Annual report on the working of the lock hospitals in the Central Provinces
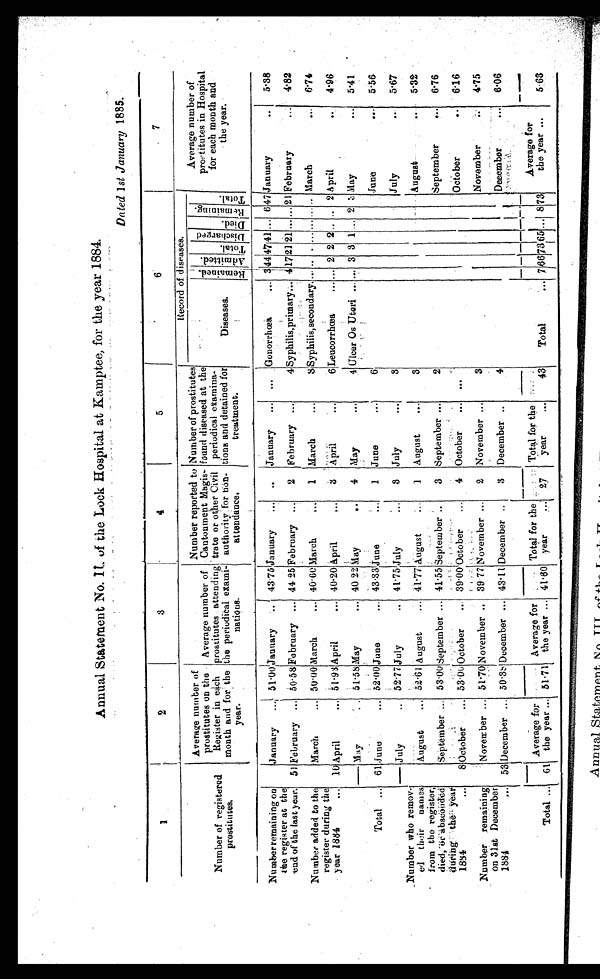
Annual Statetnent No. 11. of the Lock Hospital at Kamptee, for the year 1884.
Dated 1 st January 1885.
1
2
3
4
5
6
7
Number of registered
prostitutes.
Average number of
prostitutes on the
Register in each
month and for the
year.
Average number of
prostitutes attending
the periodical exami-
nations.
Number reported to
Cantonment Magis-
trate or other Civil
authority for
non- attendance
.
Number of prostitutes
found diseased at the
periodical examina-
tions and detained for
treatment.
Record of diseases.
Average number of
prostitutes in Hospital
for each month and
the year.
Diseases.
R e m a i n e d .
Admi t t ed.
T o t a l .
D i s c h a r g e d .
D i e d .
R e m a i n i n g .
T o t a l .
Number remaining on
the register at the
end of the last year.
'January
... 51·00 Jannary ..
4 3 · 7 5
January ...
. . January ... ... Gonorrhœa
... 3 4 4 4 7 41 ... 6 47 January
..
5·38
51 February ... 50·58 February ... 44 25 February ...
2 February ...
4 Syphilis, primary... 4 17 21 21 ... ... 21 February
... 4·82
Number added to the
register during the
year 1884
...
March
... 50·00 March
... 40·60 March
...
1 March
...
8 Syphilis, secondary. ... .. . ... ... ... .. March
... 6·74
10 April
... 51·93 April
... 40·20 April
. . 3 April
. . .
6 Leucorrhœa
... . . . 2 2 2 .. .. 2 April
4·96
Total ...
May
.. 51·.58May ... 40 22 May
..
4 May
...
4 Ulcer Os Uteri ... ... 3 3 1 ... 2 3 May
... 5·41
61 June
. . . 52·00 June
...
43·33 June
...
1 June
. . .
6
June
... 5·56
Number who remov-
ed their names
from the register,
died, or abscouded
during the year
1884
...
— July
.. 52·77 July
.. 11·75 July
...
3 July
. . .
3
July
..
5·67
August
. . . 52·61 August
... 41·77 August
...
1 August
. . .
3
August ..
5·32
September ... 53·00 September ... 41·55 September ..
3 September ...
2
September
... 6·76
8 October ... 53·00October
... 39 00 October ...
4 October
... ...
October
... 6·16
Number remaining
on 31st December
1884 ...
November ... 51·70 November .. 39·77 November ...
2 November ...
3
November
...
4·75
53 December ... 50·38 December ... 43·11 December ..
3 December ..
4
December ...
6·06
Total ...
6 1
Average for
the year ... 51·71
Average for
the year ... 41·60
Total for the
year ... 27
Total for the
year
. . .
4 3
Total
...
7 66 7 3
6 5
...
8 7 3
Average for
the year ...
5·63
Annual Statement
No III